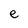
Character: e